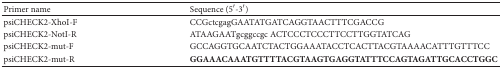
<table><thead><tr><td><b>Primer name</b></td><td><b>Sequence (5′-3′)</b></td></tr></thead><tbody><tr><td>psiCHECK2-XhoI-F</td><td>CCGctcgagGAATATGATCAGGTAACTTTCGACCG</td></tr><tr><td>psiCHECK2-NotI-R</td><td>ATAAGAATgcggccgc ACTCCCTCCCTTCCTTGGTATCAG</td></tr><tr><td>psiCHECK2-mut-F</td><td>GCCAGGTGCAATCTACTGGAAATACCTCACTTACGTAAAACATTTGTTTCC</td></tr><tr><td>psiCHECK2-mut-R</td><td><b>GGAAACAAATGTTTTACGTAAGTGAGGTATTTCCAGTAGATTGCACCTGGC</b></td></tr></tbody></table>